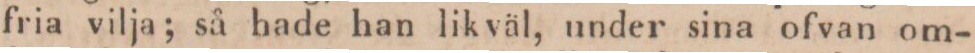
fria vilja; så hade han likväl, under sina ofvan om-